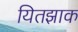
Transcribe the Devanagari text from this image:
यितझाक